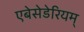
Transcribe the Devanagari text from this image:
एबेसेडेरियम्